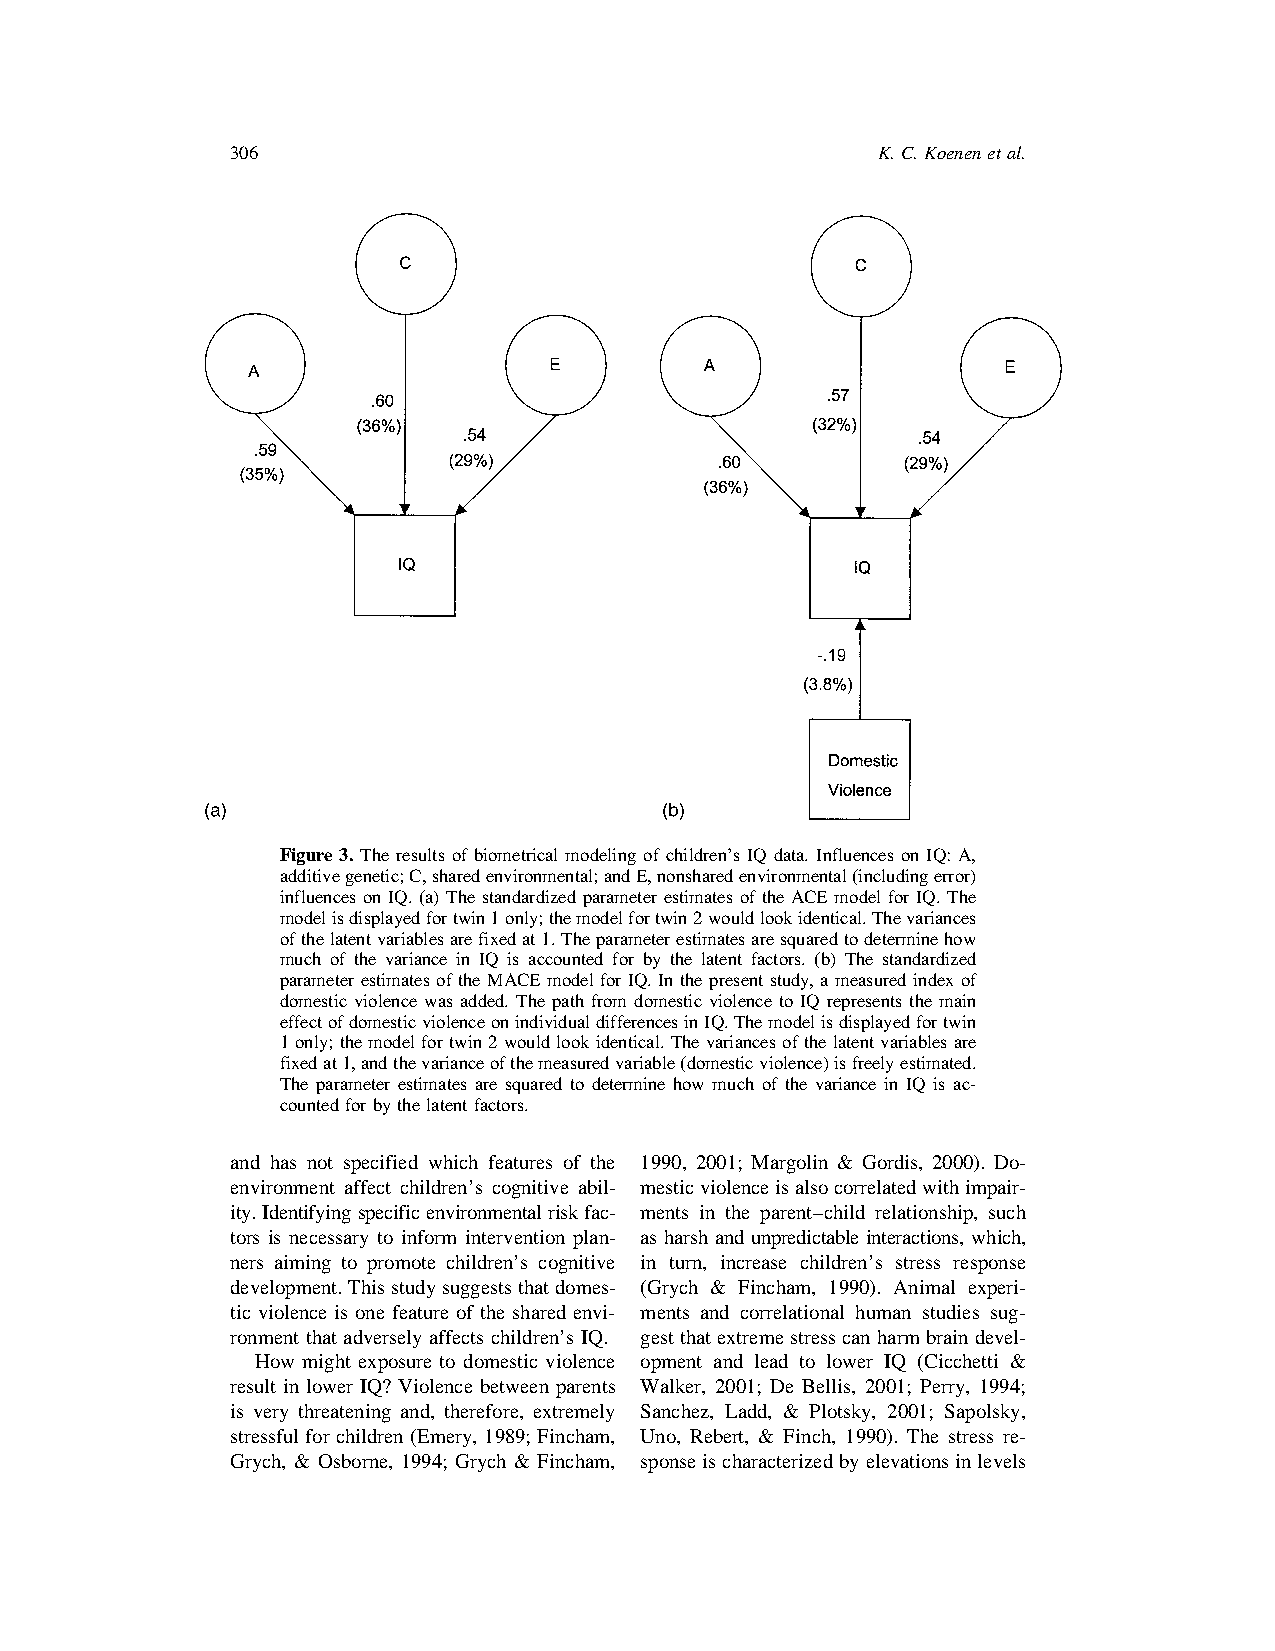
306                                        K.C.Koenenetal.
 Figure 3. The results of biometrical modeling of children’s IQ data. Influences on IQ: A,
 additivegenetic;C,sharedenvironmental;andE,nonsharedenvironmental(includingerror)
 influences on IQ. (a) The standardized parameter estimates of the ACE model for IQ. The
 modelisdisplayedfortwin1only;themodelfortwin2wouldlookidentical.Thevariances
 ofthelatentvariablesarefixedat1.Theparameterestimatesaresquaredtodeterminehow
 much of the variance in IQ is accounted for by the latent factors. (b) The standardized
 parameterestimatesoftheMACEmodelfor IQ.Inthepresentstudy,ameasuredindexof
 domestic violence was added. The path from domestic violence to IQ represents the main
 effectofdomesticviolenceonindividualdifferencesinIQ.Themodelisdisplayedfortwin
 1only;themodelfortwin2wouldlookidentical.Thevariancesofthelatentvariablesare
 fixedat1,andthevarianceofthemeasuredvariable(domesticviolence)isfreelyestimated.
 The parameter estimates are squared to determine how much of the variance in IQ is ac-
 countedforbythelatentfactors.
 and has not specified which features of the 1990, 2001; Margolin & Gordis, 2000). Do-
 environment affect children’s cognitive abil- mesticviolenceisalsocorrelatedwithimpair-
 ity.Identifyingspecificenvironmentalriskfac- ments in the parent–child relationship, such
 tors is necessary to inform intervention plan- as harsh and unpredictable interactions, which,
 ners aiming to promote children’s cognitive in turn, increase children’s stress response
 development.Thisstudysuggeststhatdomes- (Grych & Fincham, 1990). Animal experi-
 tic violence is one feature of the shared envi- ments and correlational human studies sug-
 ronment that adversely affects children’s IQ. gestthatextremestresscanharmbraindevel-
 How might exposure to domestic violence opment and lead to lower IQ (Cicchetti &
 result in lower IQ? Violence between parents Walker, 2001; De Bellis, 2001; Perry, 1994;
 is very threatening and, therefore, extremely Sanchez, Ladd, & Plotsky, 2001; Sapolsky,
 stressful for children (Emery, 1989; Fincham, Uno, Rebert, & Finch, 1990). The stress re-
 Grych, & Osborne, 1994; Grych & Fincham, sponseischaracterizedbyelevationsinlevels